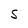
Character: S